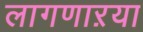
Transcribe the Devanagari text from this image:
लागणाऱया